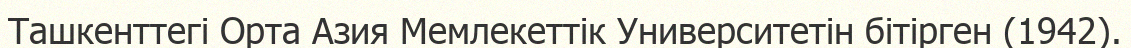
Ташкенттегі Орта Азия Мемлекеттік Университетін бітірген (1942).